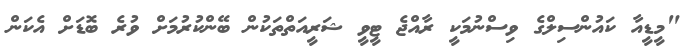
"މީޑީއާ ކައުންސިލްގެ ވިސްނުމަކީ ރާއްޖެ ޓީވީ ޝަރީއަތްތަކުން ބޭންކުރުމަށް ވުރެ ބޮޑަށް އެކަން